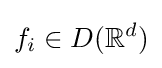
f_{i}\in D(\mathbb {R} ^{d})